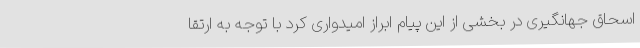
اسحاق جهانگیری در بخشی از این پیام ابراز امیدواری کرد با توجه به ارتقا